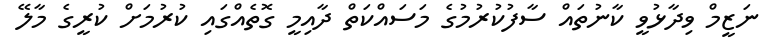
ނަޒީމް ވިދާޅުވީ ކާނުތައް ސާފުކުރުމުގެ މަސައްކަތް ދާއިމީ ގޮތެއްގައި ކުރުމަށް ކުރީގެ މާލޭ